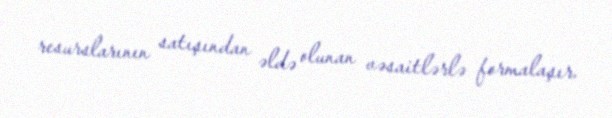
resurslarının satışından əldə olunan vəsaitlərlə formalaşır.